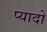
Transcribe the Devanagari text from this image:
प्‍यादो